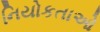
નિયોકતાઓ